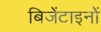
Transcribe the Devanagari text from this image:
बिजेंटाइनों